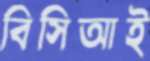
বিসিআই